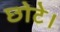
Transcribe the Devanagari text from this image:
छोटे।